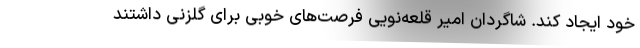
خود ایجاد کند. شاگردان امیر قلعه‌نویی فرصت‌های خوبی برای گلزنی داشتند